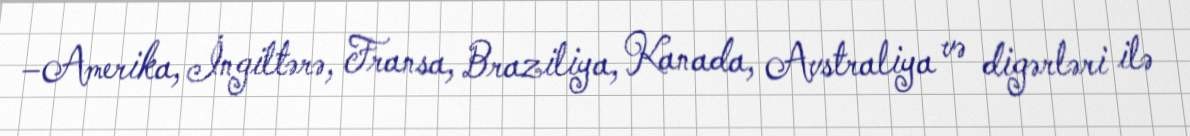
–Amerika, İngiltərə, Fransa, Braziliya, Kanada, Avstraliya və digərləri ilə